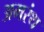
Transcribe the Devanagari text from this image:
अमरंथ